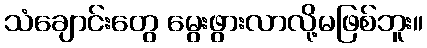
သံချောင်းတွေ မွေးဖွားလာလို့မဖြစ်ဘူး။